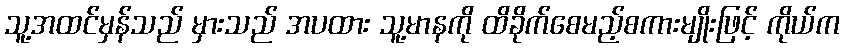
သူ့အထင်မှန်သည် မှားသည် အပထား သူ့မာနကို ထိခိုက်စေမည့်စကားမျိုးဖြင့် ကိုယ်က